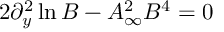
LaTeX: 2 \partial _ { y } ^ { 2 } \ln B - A _ { \infty } ^ { 2 } B ^ { 4 } = 0